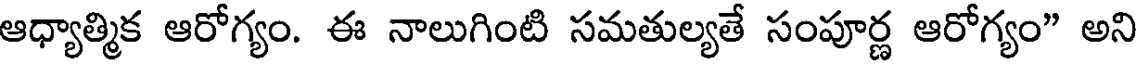
ఆధ్యాత్మిక ఆరోగ్యం. ఈ నాలుగింటి సమతుల్యతే సంపూర్ణ ఆరోగ్యం" అని